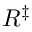
R ^ { \ddagger }